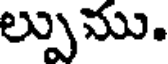
ల్పుము.